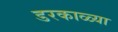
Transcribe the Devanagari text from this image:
डरकाळ्या